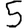
Digit: 5